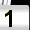
Digit: 1